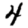
Digit: 4